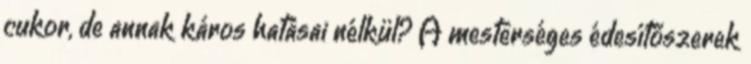
cukor, de annak káros hatásai nélkül? A mesterséges édesítőszerek